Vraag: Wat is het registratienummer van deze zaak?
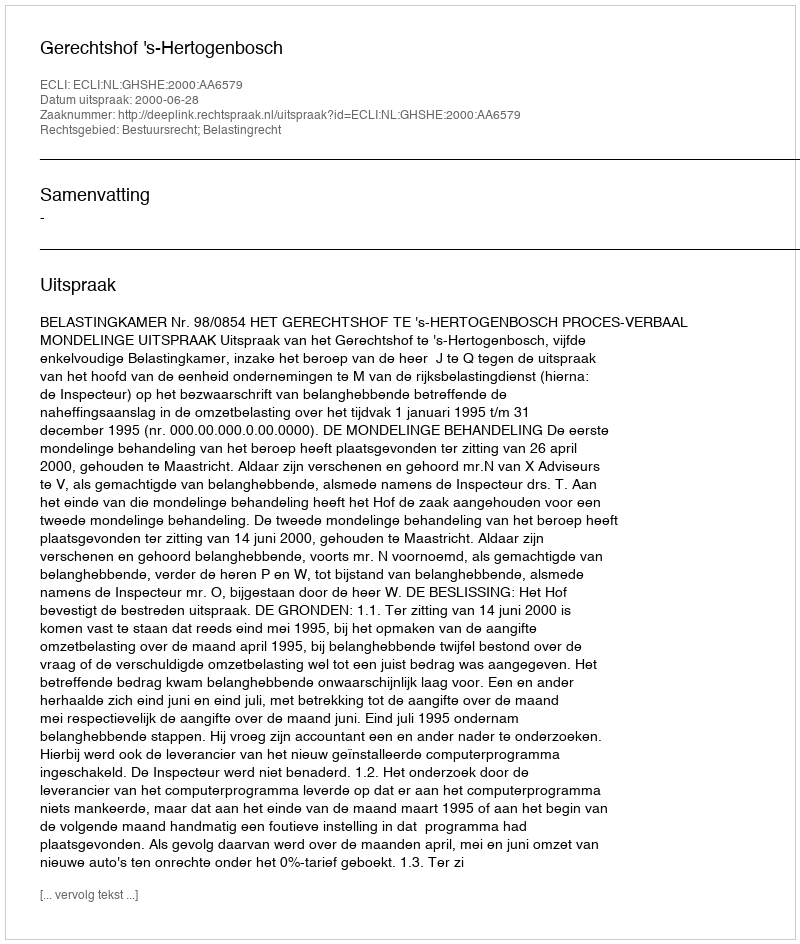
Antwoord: http://deeplink.rechtspraak.nl/uitspraak?id=ECLI:NL:GHSHE:2000:AA6579